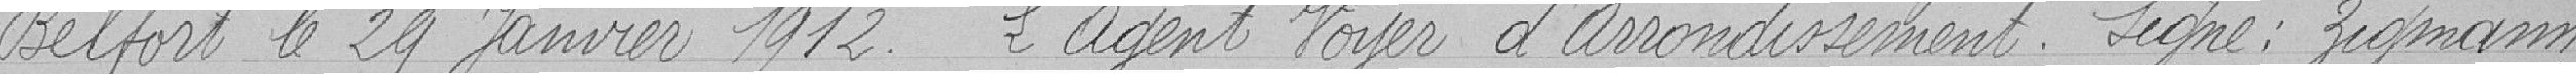
Belfort le 29 janvier 1912. L'Agent Voyer d'Arrondissement. Signé : Zigmann